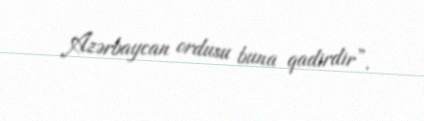
Azərbaycan ordusu buna qadirdir”.